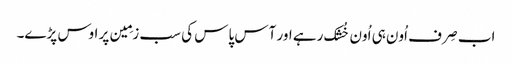
اب صِرف اُون ہی اُون خُشک رہے اور آس پاس کی سب زمِین پر اوس پڑے۔